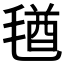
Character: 𣮩